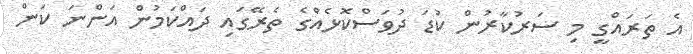
އެ ތަރައްގީ މި ސަރުކާރުން ކުޑަ ދުވަސްކޮޅެއްގެ ތެރޭގައި ދައްކަމުން އަންނަ ކަން